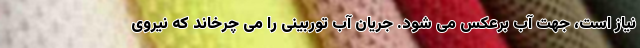
نیاز است، جهت آب برعکس می شود. جریان آب توربینی را می چرخاند که نیروی